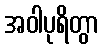
အဝါပုရိတွာ